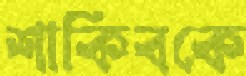
শাকিবকে